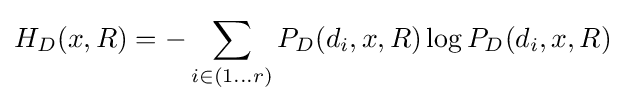
H_{D}(x,R)=-\sum _{i\in (1\dots r)}P_{D}(d_{i},x,R)\log P_{D}(d_{i},x,R)